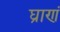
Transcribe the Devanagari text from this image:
घ्राणं